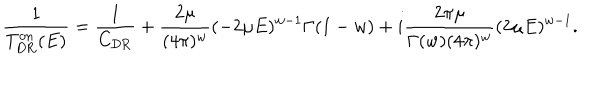
\frac { 1 } { T _ { \mathrm { D R } } ^ { \mathrm { o n } } ( E ) } = \frac { 1 } { C _ { \mathrm { D R } } } + \frac { 2 \mu } { ( 4 \pi ) ^ { w } } ( - 2 \mu E ) ^ { w - 1 } \Gamma ( 1 - w ) + i \frac { 2 \pi \mu } { \Gamma ( w ) ( 4 \pi ) ^ { w } } ( 2 \mu E ) ^ { w - 1 } .